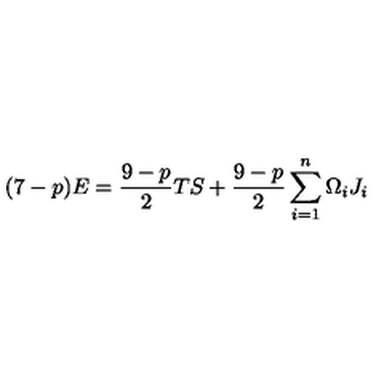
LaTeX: ( 7 - p ) E = \frac { 9 - p } { 2 } T S + \frac { 9 - p } { 2 } \sum _ { i = 1 } ^ { n } \Omega _ { i } J _ { i }